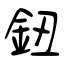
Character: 鈕